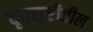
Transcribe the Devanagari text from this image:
वृत्तसृष्टीतील